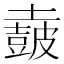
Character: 𡒡